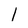
Character: 1